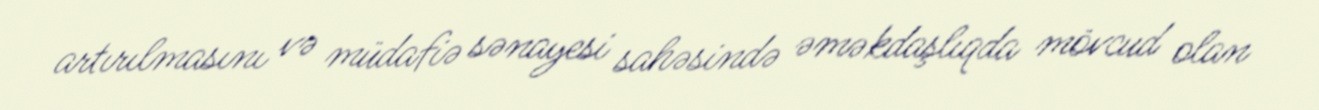
artırılmasını və müdafiə sənayesi sahəsində əməkdaşlıqda mövcud olan